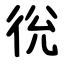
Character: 㣞